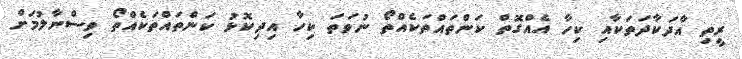
ރީތި އާދަކާދަތަކާއި ކިހާ އެއްގޮތް ކަންތައްތަކެއްތޯ ނުވަތަ ކިހާ އިދިކޮޅު ކަންތައްތަކެއްތޯ ވިސްނާލުމަށް